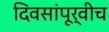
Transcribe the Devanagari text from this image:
दिवसांपूर्वीच